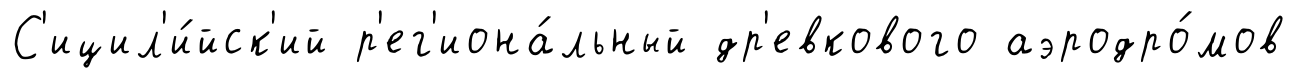
С'ицил'и́йск'ий р'ег'иона́льный др'евкового аэродро́мов